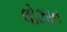
લોઝાન